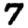
Digit: 7